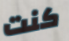
كنت